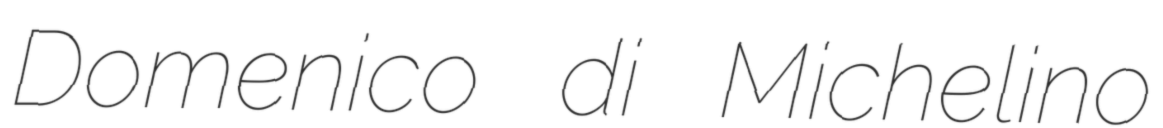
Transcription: Domenico di Michelino